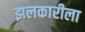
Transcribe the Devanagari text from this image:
झलकारीला